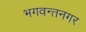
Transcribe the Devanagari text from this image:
भगवन्तनगर